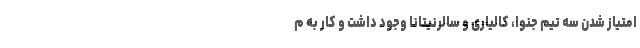
امتیاز شدن سه تیم جنوا، کالیاری و سالرنیتانا وجود داشت و کار به م